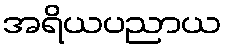
အရိယပညာယ